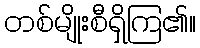
တစ်မျိုးစီရှိကြ၏။